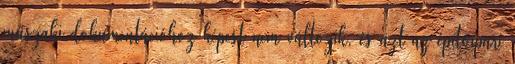
műszaki dokumentációhoz képest nem változik, és azt az építőipari